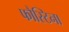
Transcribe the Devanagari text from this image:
फौस्टिना